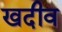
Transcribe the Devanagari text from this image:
खदीव